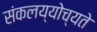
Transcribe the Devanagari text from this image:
संकलय्योच्यते